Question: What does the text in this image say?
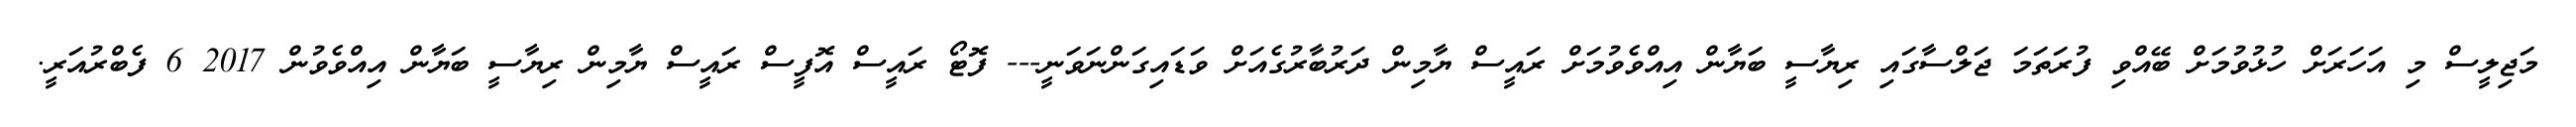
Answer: މަޖިލީސް މި އަހަރަށް ހުޅުވުމަށް ބޭއްވި ފުރަތަމަ ޖަލްސާގައި ރިޔާސީ ބަޔާން އިއްވެވުމަށް ރައީސް ޔާމިން ދަރުބާރުގެއަށް ވަޑައިގަންނަވަނީ--- ފޮޓޯ ރައީސް އޮފީސް ރައީސް ޔާމިން ރިޔާސީ ބަޔާން އިއްވެވުން 2017 6 ފެބްރުއަރީ.